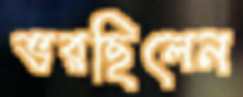
ভরছিলেন